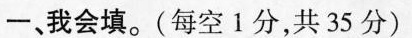
一、我会填。(每空1分，共35分)